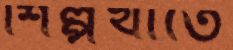
শিল্পখাতে